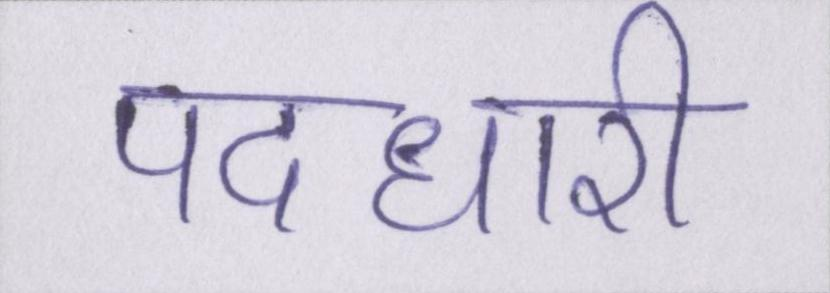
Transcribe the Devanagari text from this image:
पदधारी